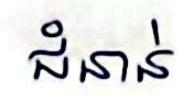
ជំនាន់